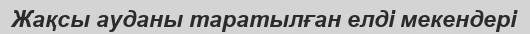
Жақсы ауданы таратылған елді мекендері